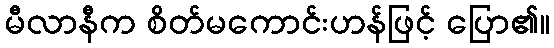
မီလာနီက စိတ်မကောင်းဟန်ဖြင့် ပြော၏။